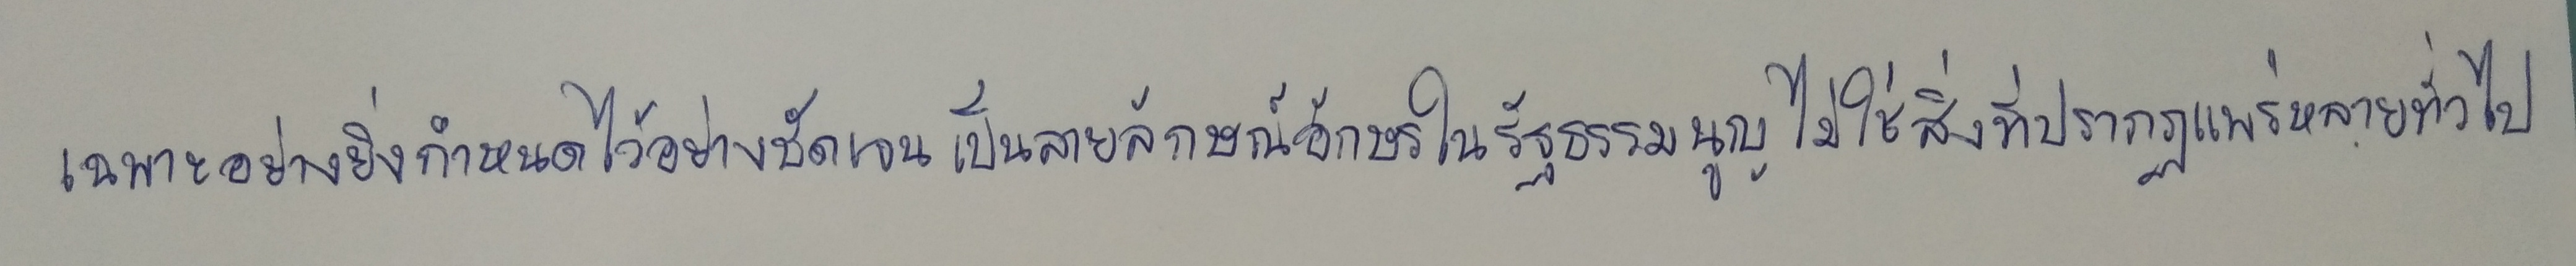
เฉพาะอย่างยิ่งกำหนดไว้อย่างชัดเจนเป็นลายลักษณ์อักษรในรัฐธรรมนูญไม่ใช่สิ่งที่ปรากฏแพร่หลายทั่วไป